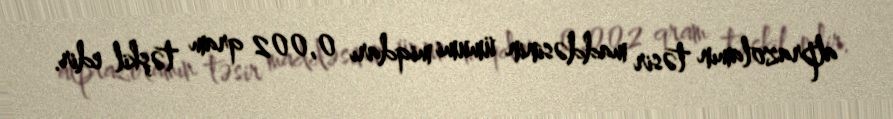
alprazolamın təsir maddəsinin ümumi miqdarı 0,002 qram təşkil edir.